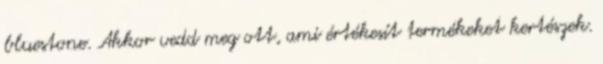
bluestone. Akkor vedd meg ott, ami értékesít termékeket kertészek.